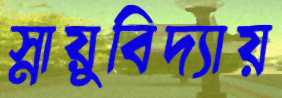
স্নায়ুবিদ্যায়